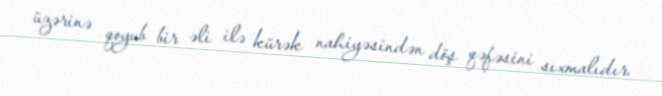
üzərinə qoyub bir əli ilə kürək nahiyəsindən döş qəfəsini sıxmalıdır.